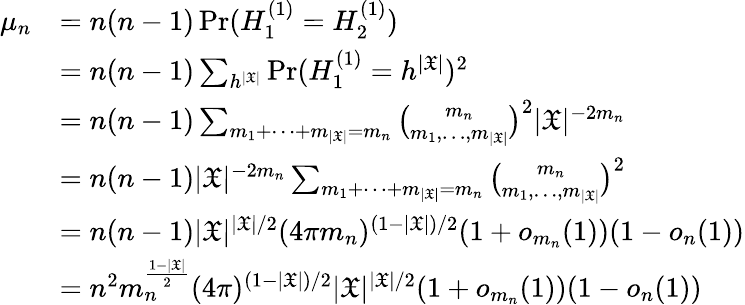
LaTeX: \begin{array}{rl}{\mu_{n}}&{=n(n-1)\operatorname*{Pr}(H_{1}^{(1)}=H_{2}^{(1)})}\\ &{=n(n-1)\sum_{h^{|\mathfrak{X}|}}\operatorname*{Pr}(H_{1}^{(1)}=h^{|\mathfrak{X}|})^{2}}\\ &{=n(n-1)\sum_{m_{1}+\dots+m_{|\mathfrak{X}|}=m_{n}}\binom{m_{n}}{m_{1},\dots,m_{|\mathfrak{X}|}}^{2}|\mathfrak{X}|^{-2m_{n}}}\\ &{=n(n-1)|\mathfrak{X}|^{-2m_{n}}\sum_{m_{1}+\dots+m_{|\mathfrak{X}|}=m_{n}}\binom{m_{n}}{m_{1},\dots,m_{|\mathfrak{X}|}}^{2}}\\ &{=n(n-1)|\mathfrak{X}|^{|\mathfrak{X}|/2}(4\pi m_{n})^{(1-|\mathfrak{X}|)/2}(1+o_{m_{n}}(1))(1-o_{n}(1))}\\ &{=n^{2}m_{n}^{\frac{1-|\mathfrak{X}|}{2}}(4\pi)^{(1-|\mathfrak{X}|)/2}|\mathfrak{X}|^{|\mathfrak{X}|/2}(1+o_{m_{n}}(1))(1-o_{n}(1))}\end{array}